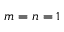
m = n = 1